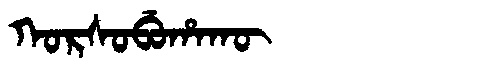
Manchu: ᡴᠣᡵᠰᠣᠪᡠᡥᠠᡴᡡ
Romanization: KORSOBUHAKŪ